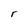
Character: r